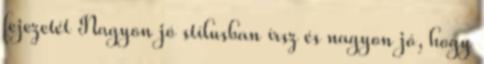
fejezetét Nagyon jó stílusban írsz és nagyon jó, hogy